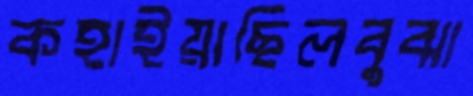
কহাইয়াছিলবুঝা